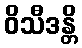
ဝိသီဒန္တိ